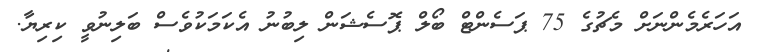
އަހަރެމެންނަށް މެޗުގެ 75 ޕަސެންޓް ބޯލް ޕޮސެޝަން ލިބުނު އެކަމަކުވެސް ބަލިނުވީ ކިރިޔާ.